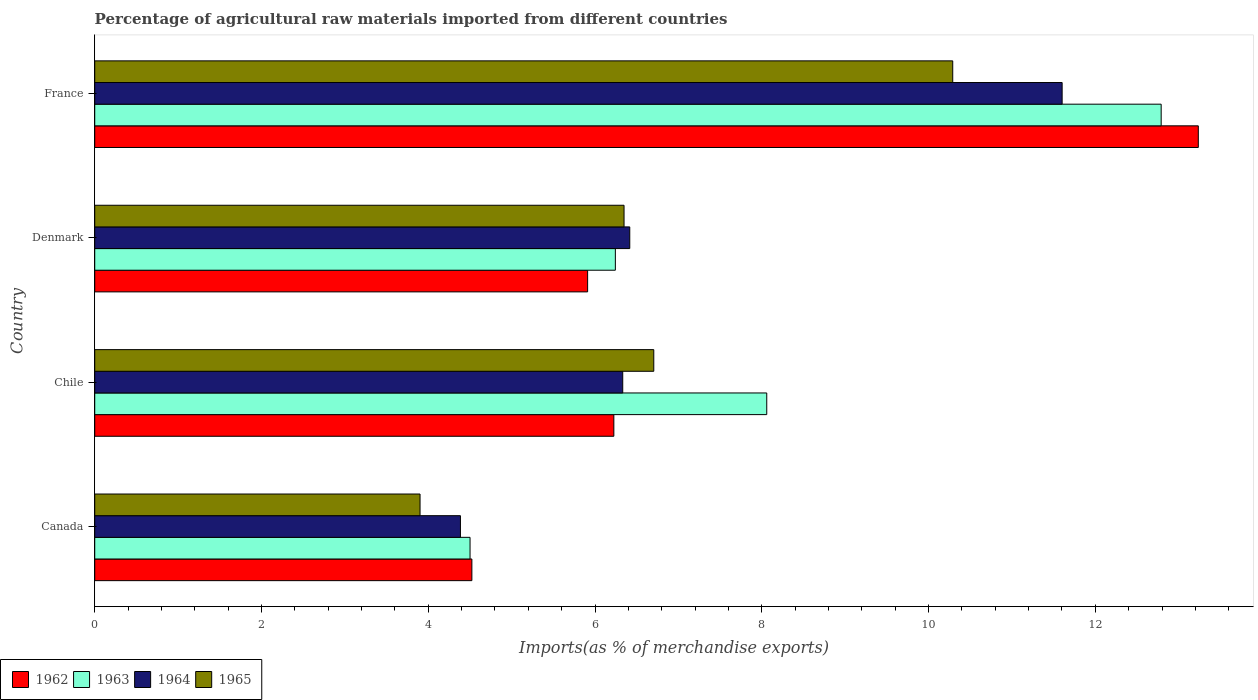
| Country | 1962 | 1963 | 1964 | 1965 |
 | --- | --- | --- | --- | --- |
 | Canada | 4.52 | 4.5 | 4.39 | 3.9 |
 | Chile | 6.23 | 8.06 | 6.33 | 6.7 |
 | Denmark | 5.91 | 6.24 | 6.42 | 6.35 |
 | France | 13.2 | 12.8 | 11.6 | 10.3 |